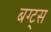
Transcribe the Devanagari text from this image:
बग्ट्स